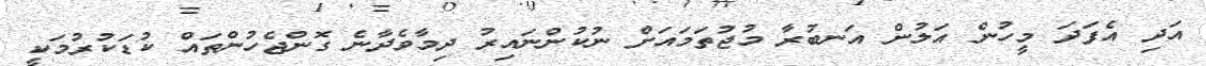
އަދި އެފަދަ މީހުން އަލުން އަނބުރާ މުޖުތަމައަށް ނުކުންނައިރު ދިމާވެދާނެ ގޮންޖެހުންތައް ކުޑަކުރުމަކީ